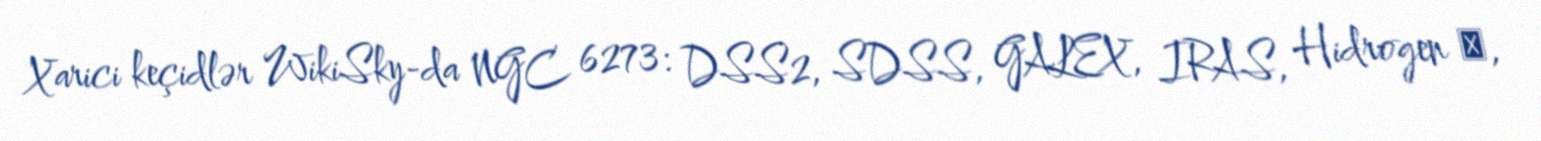
Xarici keçidlər WikiSky-da NGC 6273: DSS2, SDSS, GALEX, IRAS, Hidrogen α,